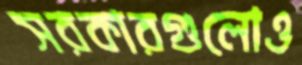
সরকারগুলোও